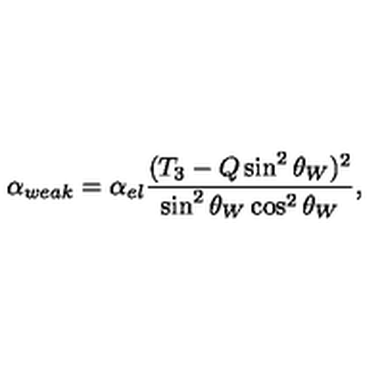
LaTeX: \alpha _ { w e a k } = \alpha _ { e l } \frac { ( T _ { 3 } - Q \sin ^ { 2 } \theta _ { W } ) ^ { 2 } } { \sin ^ { 2 } \theta _ { W } \cos ^ { 2 } \theta _ { W } } ,